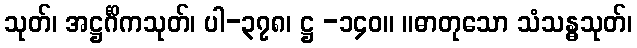
သုတ်၊ အဋ္ဌင်္ဂိကသုတ်၊ ပါ-၃၇၈၊ ဋ္ဌ -၁၄၀။ ။ဓာတုသော သံသန္ဓသုတ်၊